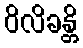
ဝိလိခန္တိ